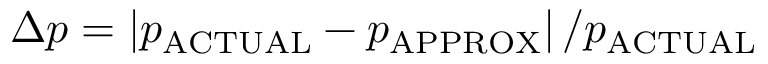
\Delta p = \left| p _ { \mathrm { A C T U A L } } - p _ { \mathrm { A P P R O X } } \right| / p _ { \mathrm { A C T U A L } }